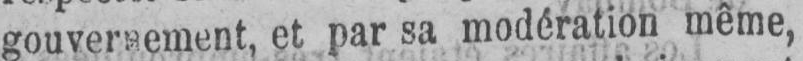
gouvernement, et par sa modération même,